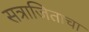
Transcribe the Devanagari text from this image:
सत्राजिताचा